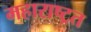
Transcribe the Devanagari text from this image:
महाराष्ट्रत